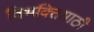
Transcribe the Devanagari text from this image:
विभक्तिसाठी